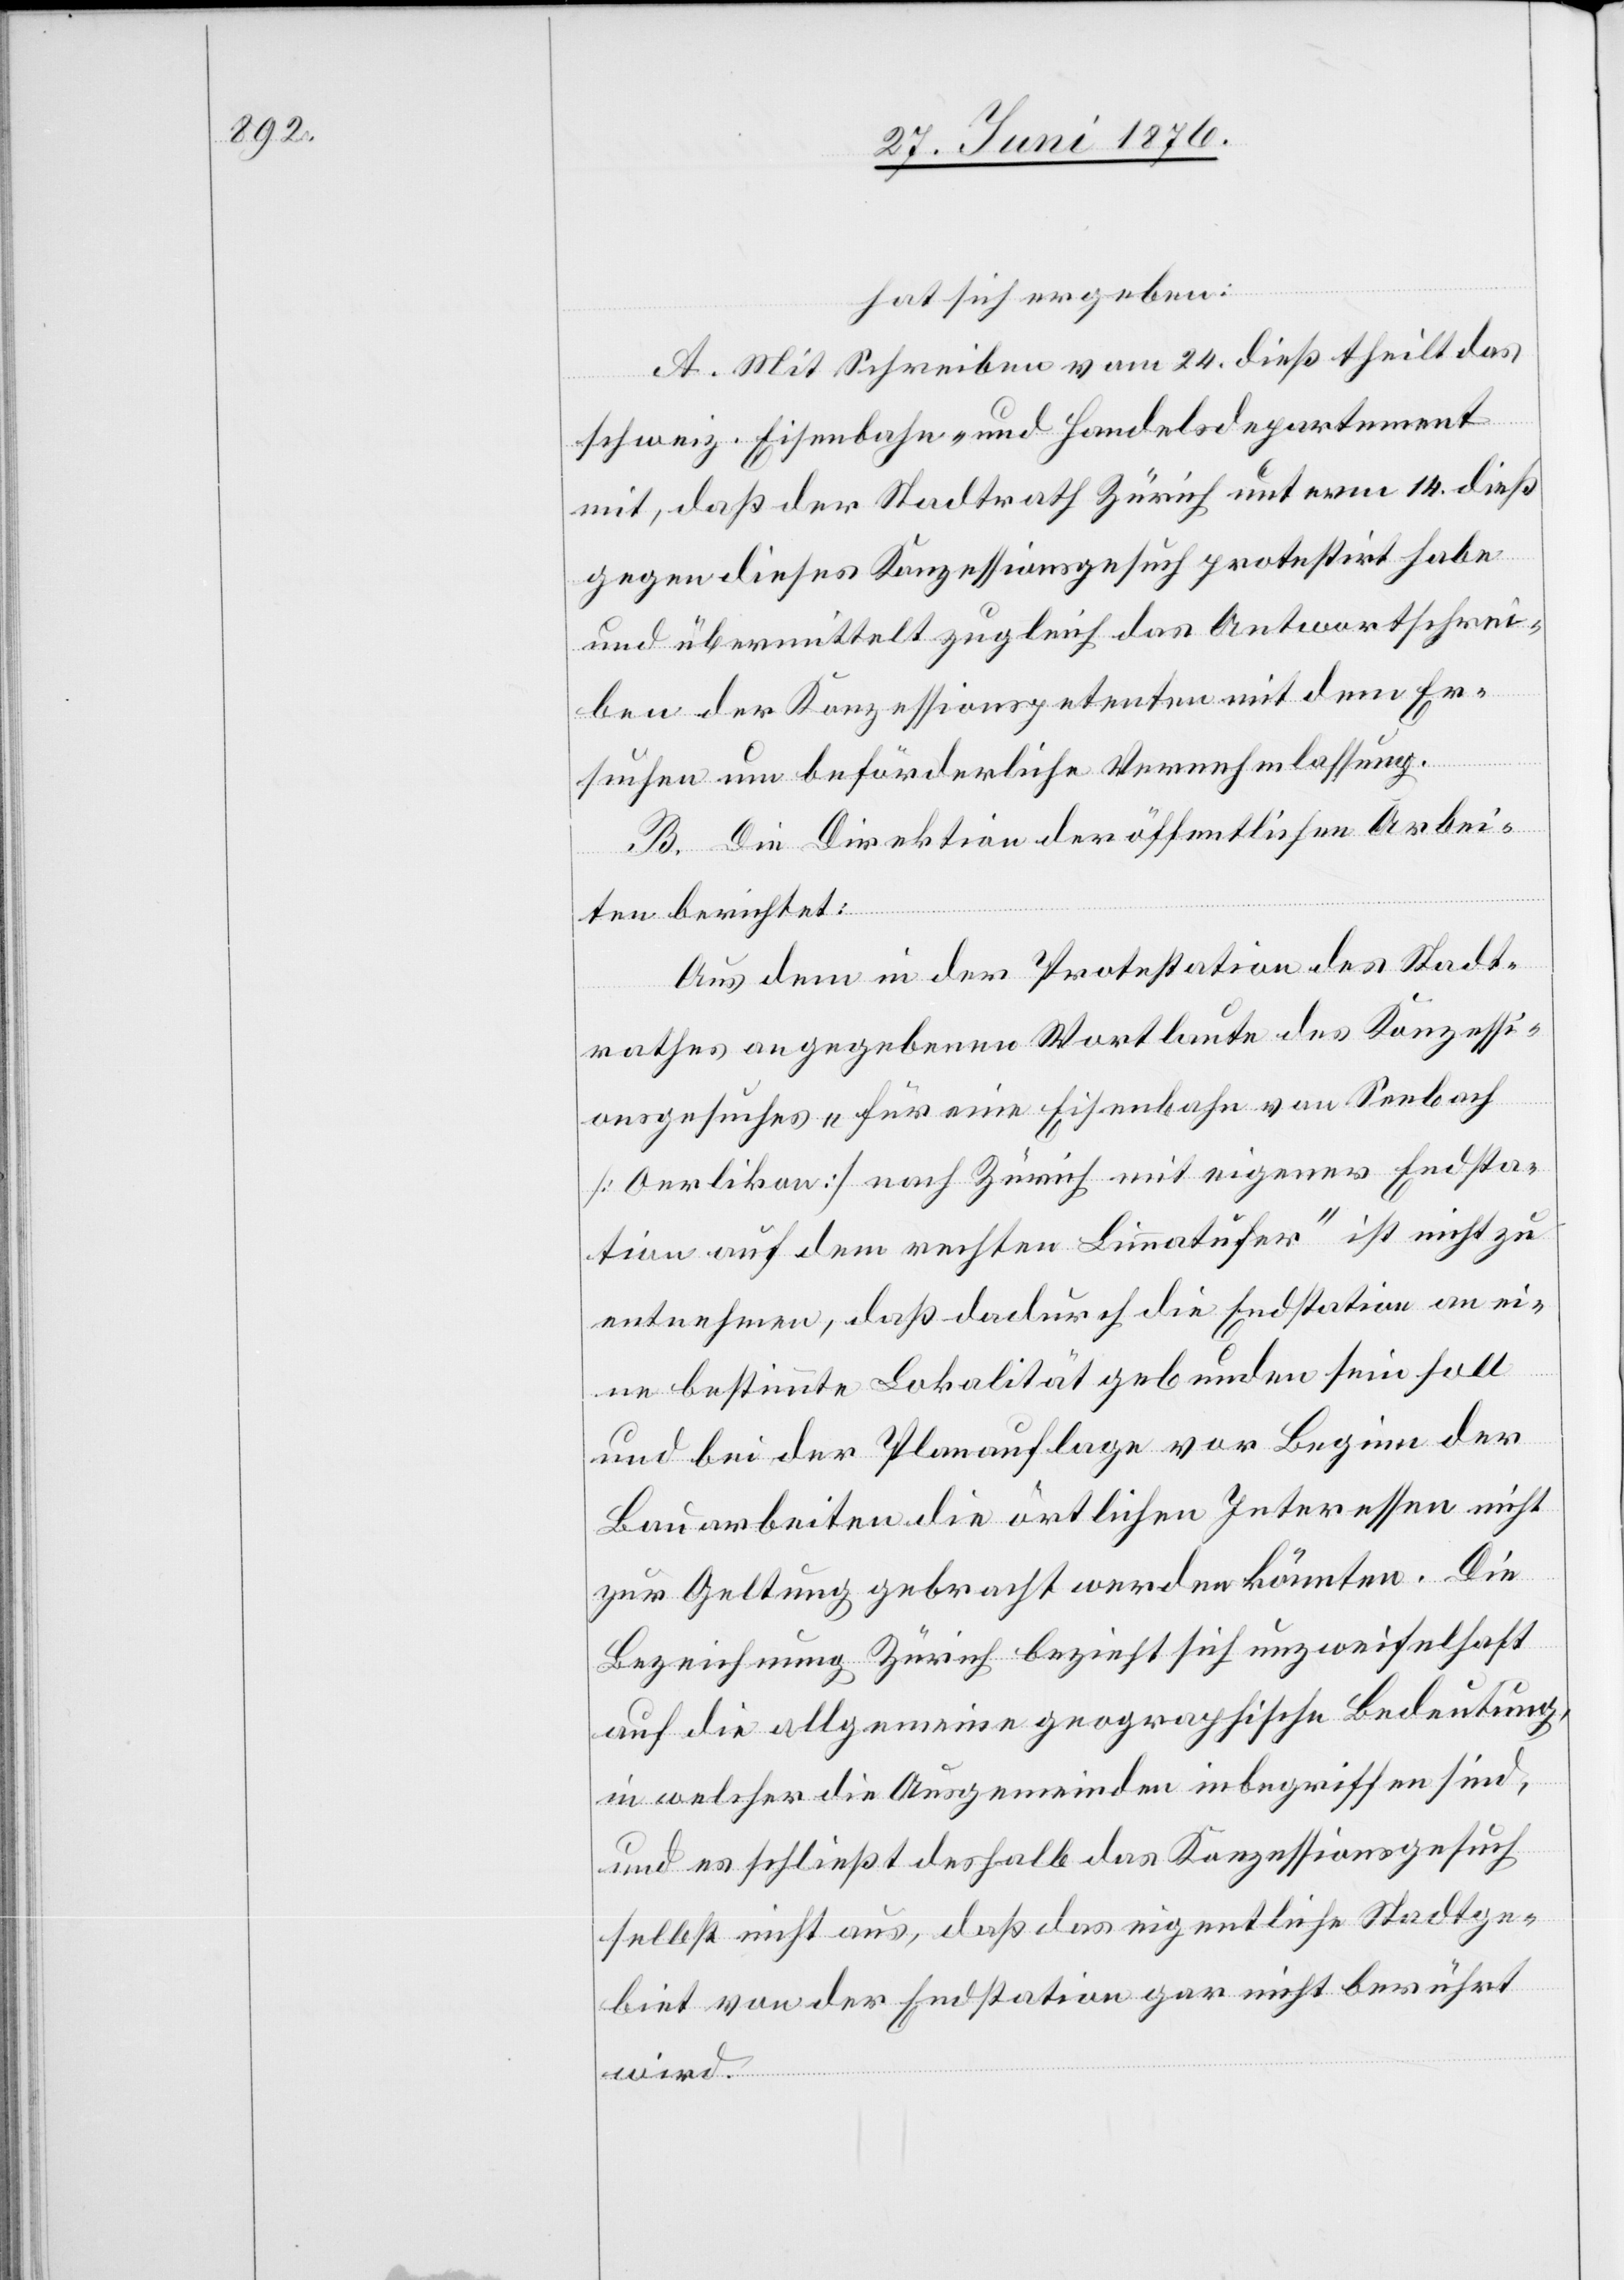
hat sich ergeben:
A. Mit Schreiben vom 24. dieß theilt das
schweiz. Eisenbahn- und Handelsdepartement
mit, daß der Stadtrath Zürich unterm 14. dieß
gegen dieses Konzessionsgesuch protestirt habe
und übermittelt zugleich das Antwortschrei¬
ben der Konzessionspetenten mit dem Er¬
suchen um beförderliche Vernehmlassung.
B. Die Direktion der öffentlichen Arbei¬
ten berichtet:
Aus dem in der Protestation des Stadt¬
rathes angegebenen Wortlaute des Konzessi¬
onsgesuches „für eine Eisenbahn von Seebach
[Oerlikon] nach Zürich mit eigener Endsta¬
tion auf dem rechten Limmatufer“ ist nicht zu
entnehmen, das dadurch die Endstation an ei¬
ne bestimmte Lokalität gebunden sein soll
und bei der Planauflage vor Beginn der
Bauarbeiten die örtlichen Interessen nicht
zur Geltung gebracht werden könnten. Die
Bezeichnung Zürich bezieht sich unzweifelhaft
auf die allgemeine geographische Bedeutung,
in welcher die Ausgemeinden inbegriffen sind,
und es schließ deshalb das Konzessiongesuch
selbst nicht aus, daß das eigentliche Stadtge¬
biet von der Endstation gar nicht berührt
wird.